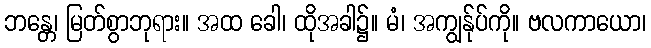
ဘန္တေ၊ မြတ်စွာဘုရား။ အထ ခေါ၊ ထိုအခါ၌။ မံ၊ အကျွန်ုပ်ကို။ ဗလကာယော၊